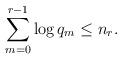
LaTeX: \begin{align*} \sum_{m=0}^{r-1} \log q_m \leq n_r.\end{align*}